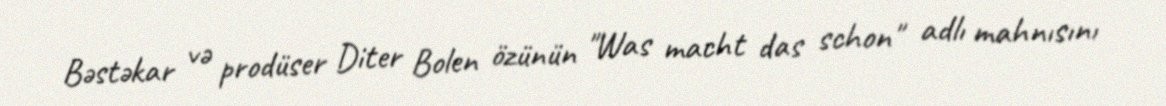
Bəstəkar və prodüser Diter Bolen özünün "Was macht das schon" adlı mahnısını